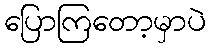
ပြောကြတော့မှာပဲ